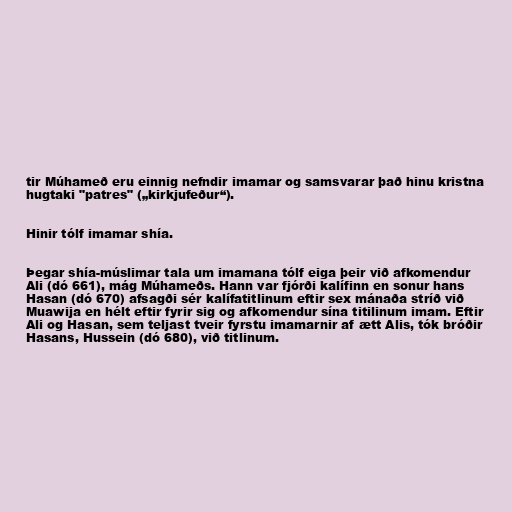
tir Múhameð eru einnig nefndir imamar og samsvarar það hinu kristna
hugtaki "patres" („kirkjufeður“).

Hinir tólf imamar shía.

Þegar shía-múslimar tala um imamana tólf eiga þeir við afkomendur
Ali (dó 661), mág Múhameðs. Hann var fjórði kalífinn en sonur hans
Hasan (dó 670) afsagði sér kalífatitlinum eftir sex mánaða stríð við
Muawija en hélt eftir fyrir sig og afkomendur sína titilinum imam. Eftir
Ali og Hasan, sem teljast tveir fyrstu imamarnir af ætt Alis, tók bróðir
Hasans, Hussein (dó 680), við titlinum.